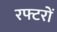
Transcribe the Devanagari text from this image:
रफ्टरों